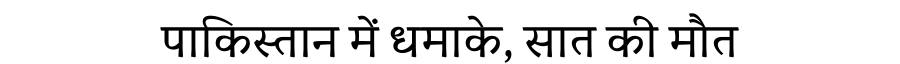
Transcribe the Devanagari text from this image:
पाकिस्तान में धमाके, सात की मौत